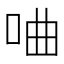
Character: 㖆